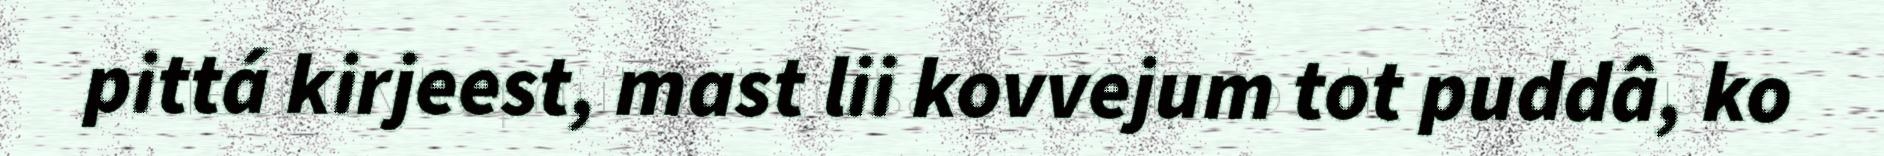
pittá kirjeest, mast lii kovvejum tot puddâ, ko